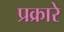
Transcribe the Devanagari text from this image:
प्रक्रारे